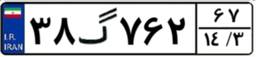
۹۰گ۰۶۲۷۵